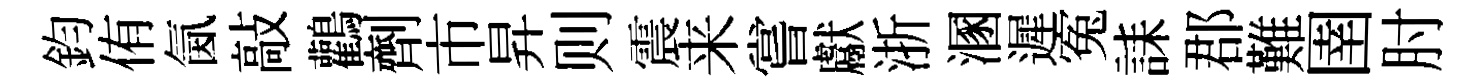
鈞侑氤敲鸛劑市昇则震来嘗獻浙溷遲寃誄郡難圉肘